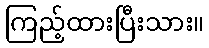
ကြည့်ထားပြီးသား။